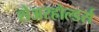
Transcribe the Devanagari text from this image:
शेअरहोल्डर्स